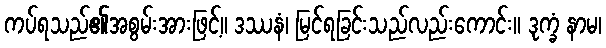
ကပ်ရသည်၏အစွမ်းအားဖြင့်။ ဒဿနံ၊ မြင်ရခြင်းသည်လည်းကောင်း။ ဒုက္ခံ နာမ၊